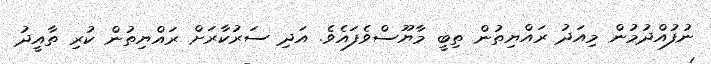
ނުފުއްދުމުން މިއަދު ރައްޔިތުން ތިބީ މާޔޫސްވެފައެވެ. އަދި ސަރުކާރަށް ރައްޔިތުން ކުރި ތާއީދު